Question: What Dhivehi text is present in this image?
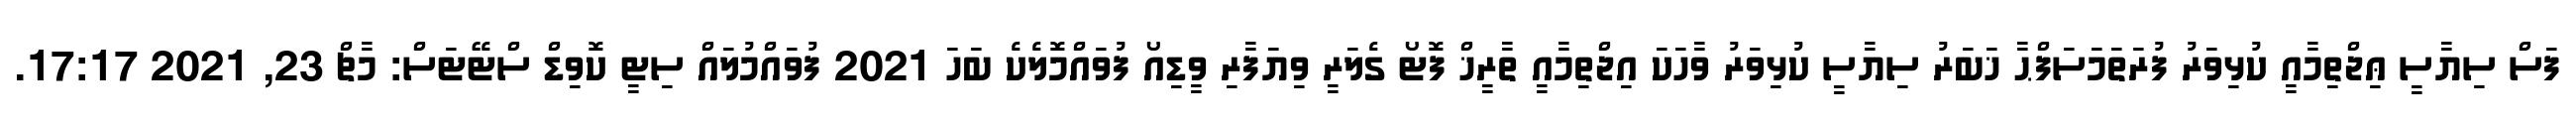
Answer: ފަސް ސިޔާސީ ޢިޖްތިމާއީ ކުޅިވަރު ފުރަތަމަސަފްޙާ ޚަބަރު ސިޔާސީ ކުޅިވަރު ވާހަކަ އިޖްތިމާއީ ތާރީޚް ފޮޓޯ ގެލަރީ ވިޔަފާރި ވީޑިއޯ ފުވައްމޮލެކެ ބަހަ 2021 ފުވައްމުލައް ސިޓީ ކޮވިޑް ސްޓޭޓަސް: މާޗް 23, 2021 17:17.